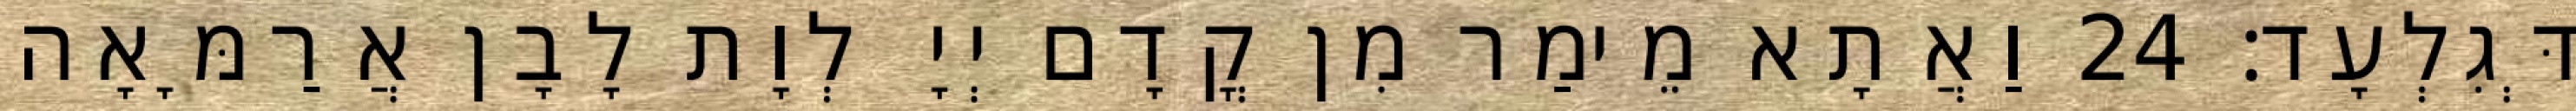
דְּגִלְעָד׃ 24 וַאֲתָא מֵימַר מִן קֳדָם יְיָ לְוָת לָבָן אֲרַמָּאָה